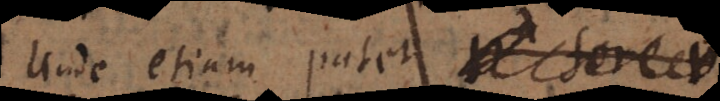
Unde etiam patet r